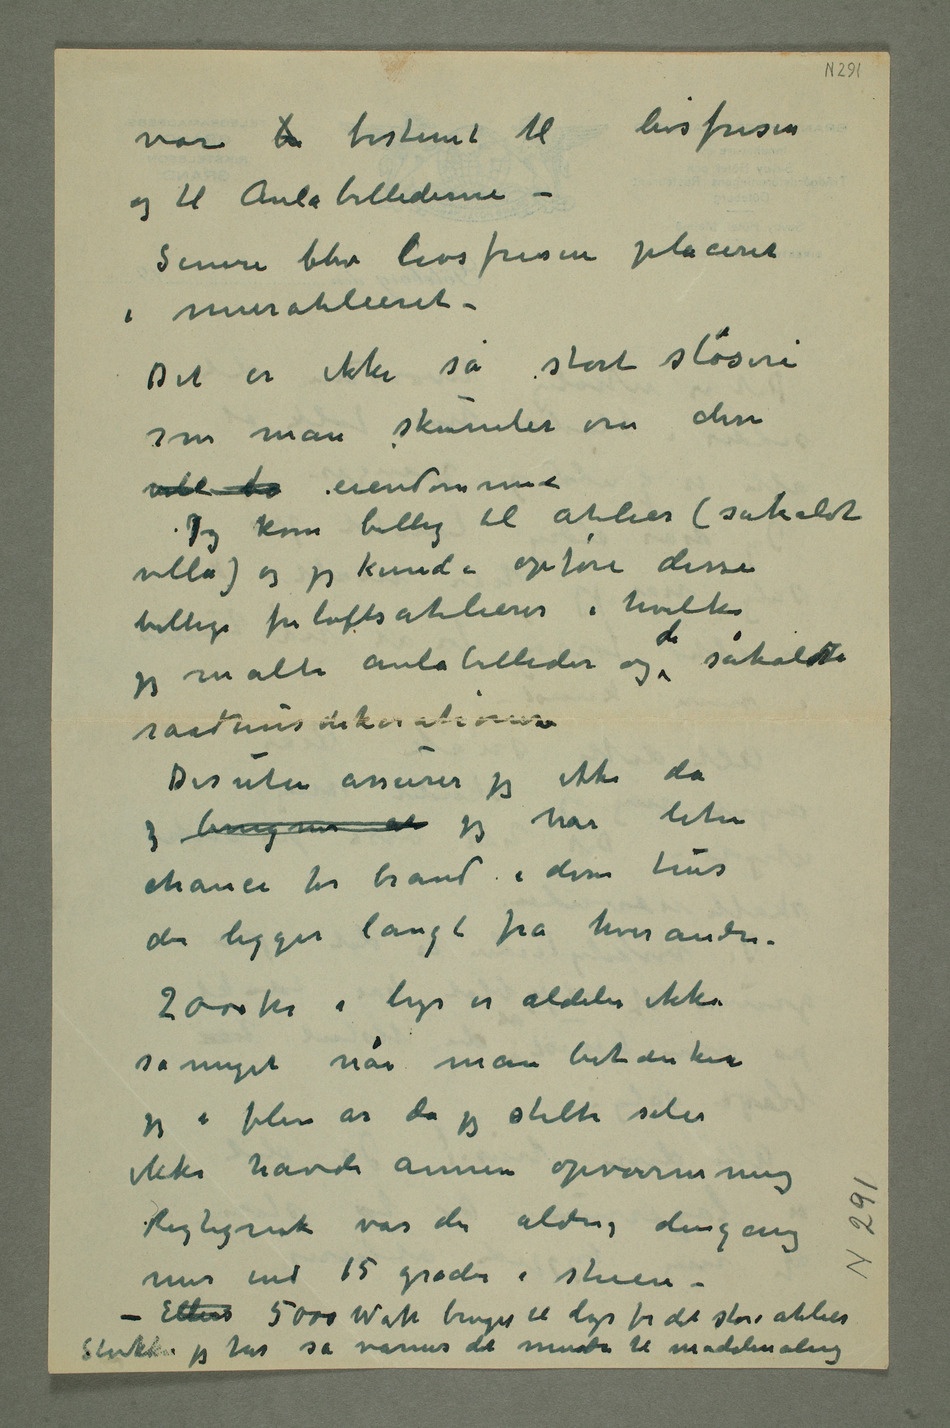
var b bestemt til livsfrisen
og til Aulabillederne –
Senere blev livsfrisen placeret
i muratelieret –
Det er ikke så stort sløseri
som man skumler om disse
Jeg kom billig til atelier (såkaldt
villa) og jeg kunde opføre disse
billige friluftsatelierer i hvilke
jeg malte aulabilleder og de såkaldte
raadhusrekorationer
Desuten assurer jeg ikke da
chance for brand i disse hus
der ligger langt fra hverandre.
2000 kr i lys er aldeles ikke
så meget når man betænker
jeg i flere år da jeg stelte selv
mer end 15 grader i stuen –
– Ellers 5000 Watt bruges til lys for det store atelier
Slukker jeg her så varmes det mindre til modelmaling